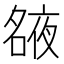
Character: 𡖺